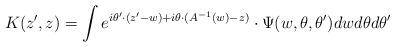
LaTeX: \begin{align*}K(z',z)= \int e^{i\theta'\cdot (z'-w)+i\theta \cdot (A^{-1}(w)-z)}\cdot \Psi(w,\theta, \theta') dw d\theta d\theta'\end{align*}